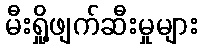
မီးရှို့ဖျက်ဆီးမှုများ